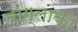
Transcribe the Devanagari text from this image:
बांग्लाको